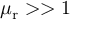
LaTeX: \mu _ { \mathrm { r } } > > 1